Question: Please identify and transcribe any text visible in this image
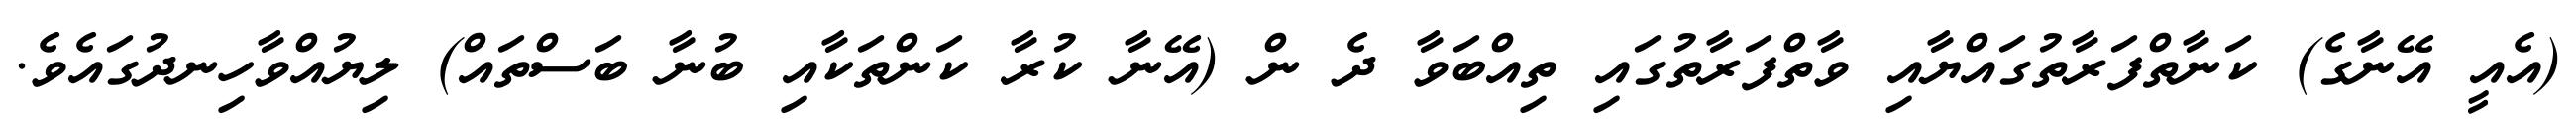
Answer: (އެއީ އޭނާގެ) ކަނާތްފަރާތުގައްޔާއި ވާތްފަރާތުގައި ތިއްބަވާ ދެ ން (އޭނާ ކުރާ ކަންތަކާއި ބުނާ ބަސްތައް) ލިޔުއްވާހިނދުގައެވެ.